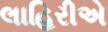
લાહિરીએ